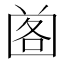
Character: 𡇷